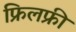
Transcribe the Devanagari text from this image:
फ्रिलफ्री